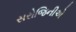
સરોજિનીએ